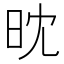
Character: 𣅟